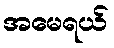
အမေရယ်